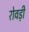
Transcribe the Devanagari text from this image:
रोवड़ी